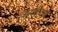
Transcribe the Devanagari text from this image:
कादीज़